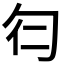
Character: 𠣒